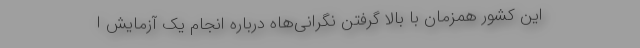
این کشور همزمان با بالا گرفتن نگرانی‌هاه درباره انجام یک آزمایش ا